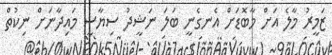
ޒަމީރު މާލެ އަށް މާބޮޑަށް އެނގެނީ ބަލަ ނަޝީދު ސިޔާސީ މައިދާނަށް ނިކުތް